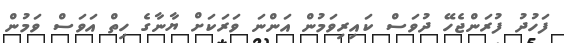
ފަހުދު ފުރަންޖެހޭ ދުވަސް ކައިރިވަމުން އަންނަ ވަރަކަށް ޔާނާގެ ހިތް އަވަސް ވަމުން